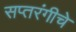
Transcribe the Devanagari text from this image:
सप्तरंगीचे